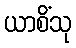
ယာစိံသု